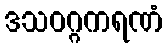
ဒသဝဂ္ဂကရဏံ